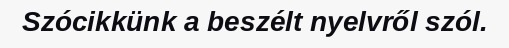
Szócikkünk a beszélt nyelvről szól.